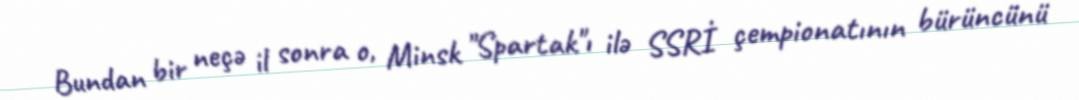
Bundan bir neçə il sonra o, Minsk "Spartak"ı ilə SSRİ çempionatının bürüncünü